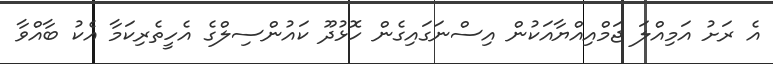
އެ ރަށު އަމިއްލަ ޖަމްއިއްޔާއަކުން އިސްނަގައިގެން ހޮޅުދޫ ކައުންސިލްގެ އެހީތެރިކަމާ އެކު ބާއްވާ